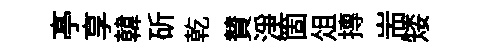
𠅘享韓斫乾賛浄箇俎摶耑矮